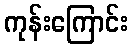
ကုန်းကြောင်း